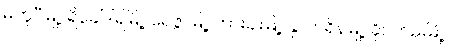
မတူပီမြို့၊ ရိခေါ်ဒါရ်မြို့၊ ရေဇွာမြို့၊ ဟားခါးမြို့၊ နှာဟရိန်မြို့၊ ခိုင်ကမ်းမြို့၊